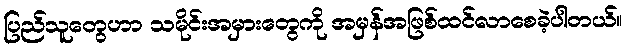
ပြည်သူတွေဟာ သမိုင်းအမှားတွေကို အမှန်အဖြစ်ထင်လာစေခဲ့ပါတယ်။